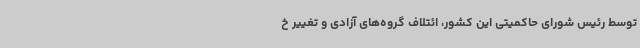
توسط رئیس شورای حاکمیتی این کشور، ائتلاف گروه‌های آزادی و تغییر خ